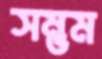
সম্ভম